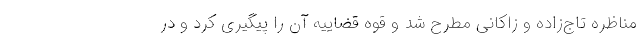
مناظره تاج‌زاده و زاکانی مطرح شد و قوه قضاییه آن را پیگیری کرد و در